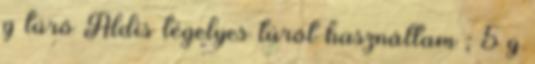
g túró Aldis tégelyes túrót használtam ; 5 g